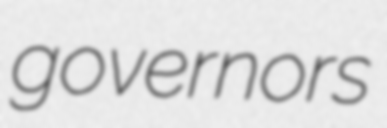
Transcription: governors